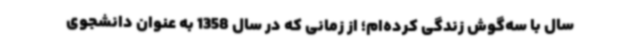
سال با سه‌گوش زندگی کرده‌ام؛ از زمانی که در سال 1358 به عنوان دانشجوی